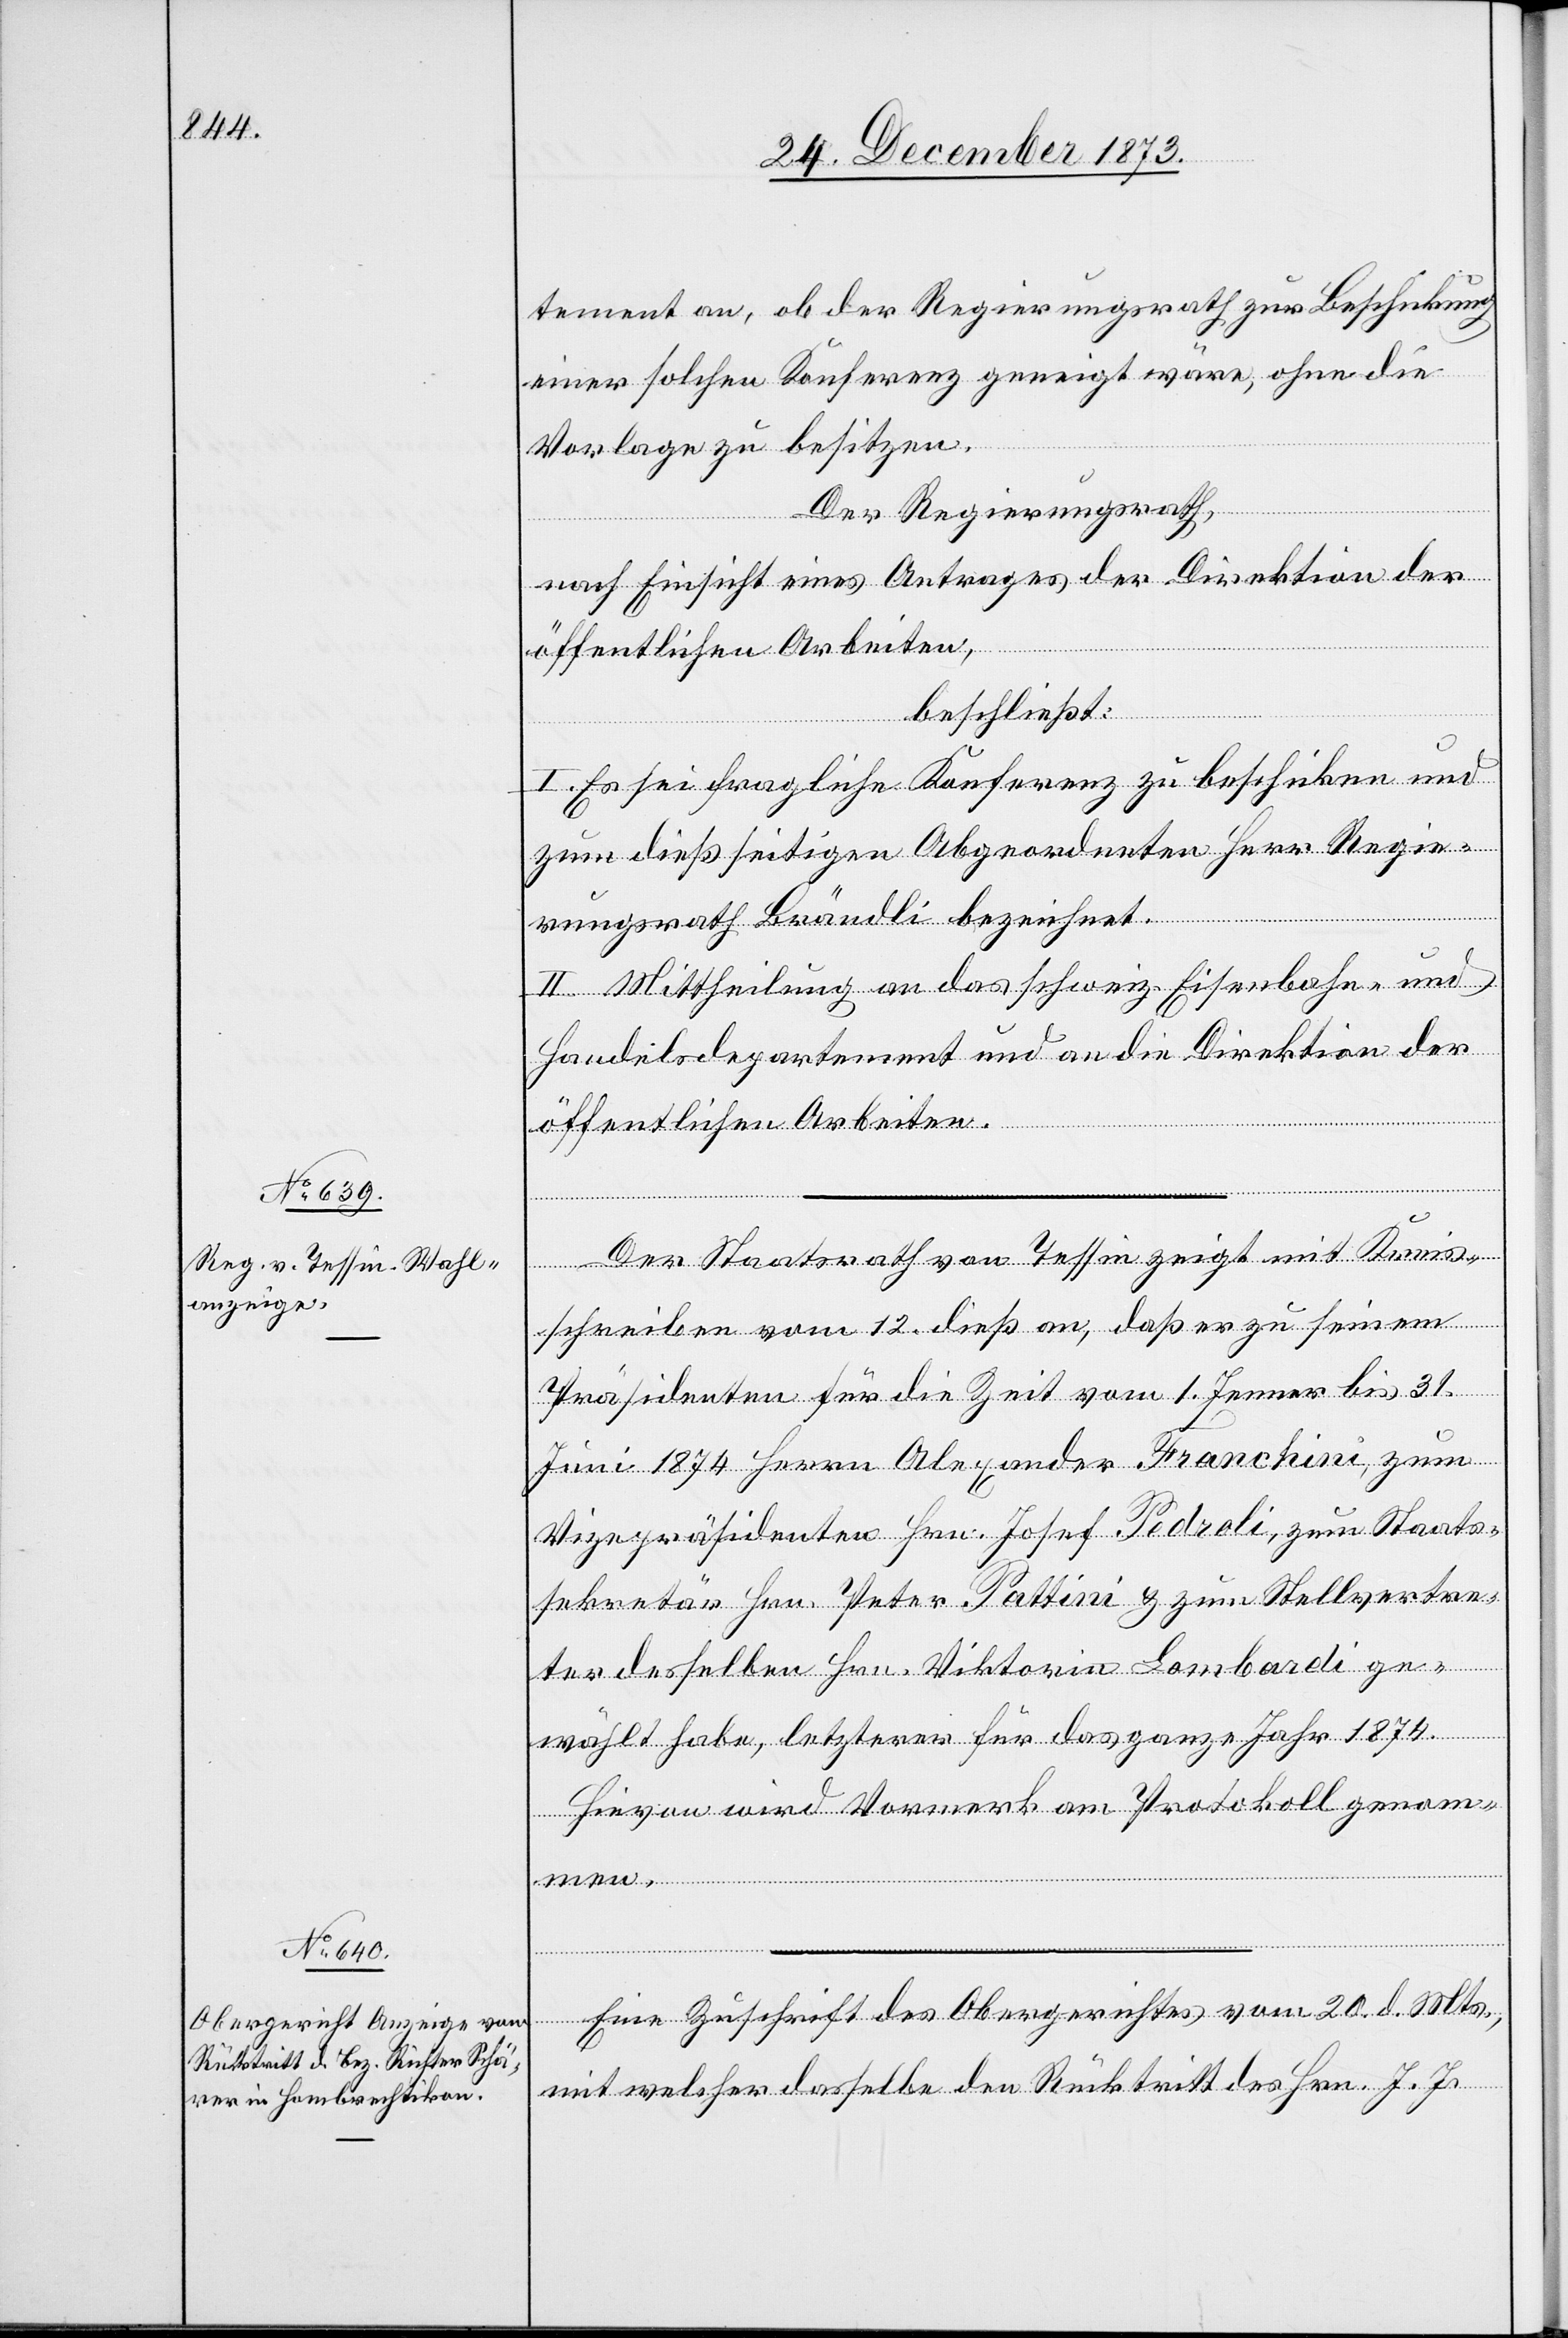
tement an, ob der Regierungsrath zur Beschickung
einer solchen Konferenz geneigt wäre, ohne die
Vorlage zu besitzen.
Der Regierungsrath,
nach Einsicht eines Antrages der Direktion der
öffentlichen Arbeiten,
beschließt:
I. Es sei fragliche Konferenz zu beschicken und
zum dießseitigen Abgeordneten Herr Regie¬
rungsrath Brändli bezeichnet.
II. Mittheilung an das schweiz. Eisenbahn- und
Handelsdepartement und an die Direktion der
öffentlichen Arbeiten.
Der Staatsrath von Tessin zeigt mit Kreis¬
schreiben vom 12. dieß an, daß er zu seinem
Präsidenten für die Zeit vom 1. Jenner bis 31.
Juni 1874 Herrn Alexander Franchini, zum
Vizepräsidenten Hrn. Josef Pedroli, zum Staats¬
sekretär Hrn. Peter Pattini & zum Stellvertre¬
ter desselben Hrn. Viktorin Lombardi ge¬
wählt habe, letzterer [sic!] für das ganze Jahr 1874.
Hievon wird Vormerk am Protokoll genom¬
men.
Eine Zuschrift des Obergerichtes vom 20. d. Mts.,
mit welcher dasselbe den Rücktritt des Hrn. J. J.